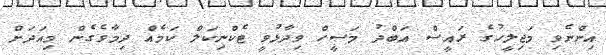
އިންނެވި މަޖިލީހުގެ ރައީސް އަބްދު މަސީހް ވިދާޅުވީ ޓެކްނިކަލް ކަމެއް ދިމާވެގެން މިއަދަށް